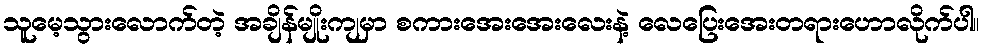
သူမေ့သွားလောက်တဲ့ အချိန်မျိုးကျမှာ စကားအေးအေးလေးနဲ့ လေပြေးအေးတရားဟောလိုက်ပါ။